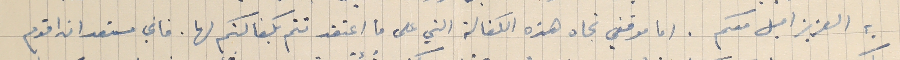
به العزيز اميل معكم. اما موقفي تجاه هذه الكفالة التي على ما اعتقد تتم بكفالتكم لها. فاني مستعد ان اقدم